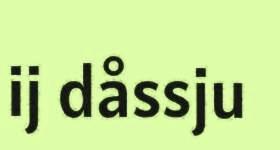
ij dåssju